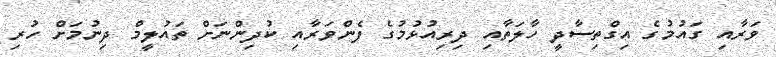
ވަރާއި ގައުމުގެ އިގްތިސާދީ ހާލަތާއި ދިރިއުޅުމުގެ ފެންވަރާއި ކުދިންނަށް ތައުލީމް ދިނުމަށް ހުރި